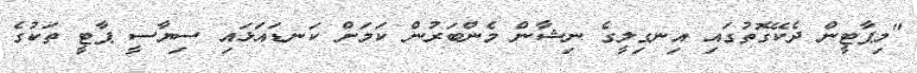
"މިޕާޓީން ދެކޭގޮތުގައި އިނގިލީގެ ނިޝާން މެންބަރުން ކަމަށް ކަނޑައަޅައި ސިޔާސީ ޕާޓީ ތަކުގެ